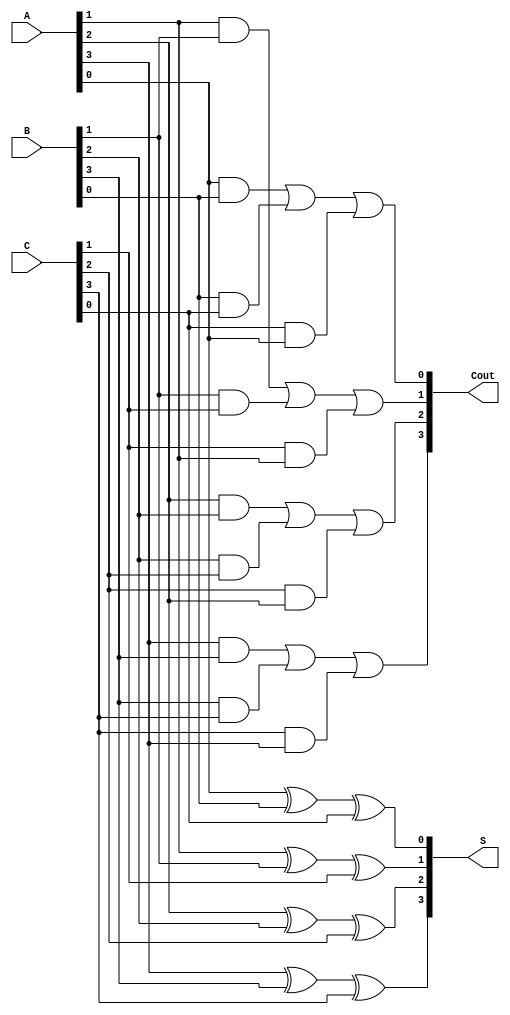
module CarrySaveAdder #(
    parameter n = 4 // You can change this to the desired bit-width
)(
    input  [n-1:0] A, // First input
    input  [n-1:0] B, // Second input
    input  [n-1:0] C, // Third input
    output [n-1:0] S, // Sum output
    output [n-1:0] Cout // Carry output
);
  
    // Generate Sum and Carry outputs
    genvar i;
    generate
        for (i = 0; i < n; i = i + 1) begin : CSA_logic
            assign S[i] = A[i] ^ B[i] ^ C[i]; // Sum calculation
            assign Cout[i] = (A[i] & B[i]) | (B[i] & C[i]) | (C[i] & A[i]); // Carry calculation
        end
    endgenerate

endmodule